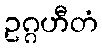
ဥဂ္ဂဟီတံ